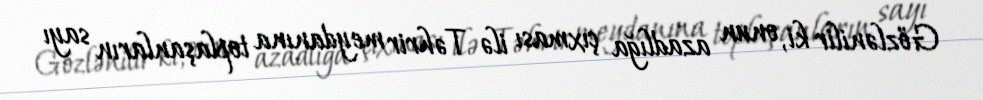
Gözlənilir ki, onun azadlığa çıxması ilə Təhrir meydanına toplaşanların sayı